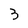
Character: 3